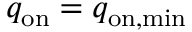
q _ { \mathrm { o n } } = q _ { \mathrm { o n , m i n } }